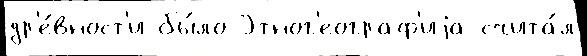
др'е́вност'и бы́ло Этног'еограф'иjа счита́л